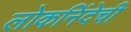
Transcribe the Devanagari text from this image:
लोकनिंदेची